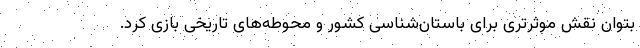
بتوان نقش موثرتری برای باستان‌شناسی کشور و محوطه‌های تاریخی بازی کرد.